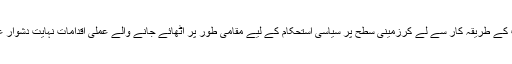
مذاکرات کے طریقہ کار سے لے کرزمینی سطح پر سیاسی استحکام کے لیے مقامی طور پر اٹھائے جانے والے عملی اقدامات نہایت دشوار عمل ہے۔